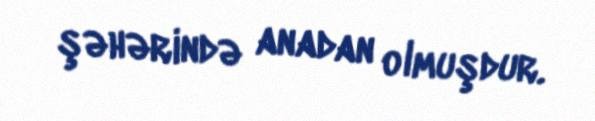
şəhərində anadan olmuşdur.